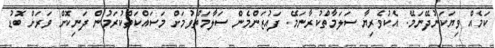
ކަމެއް ވިޔަކަނުދޭނަމޭ. އެކުވެރިޔާ ސަލަމާތްކުރާނަމޭ. ފައުޒަންމެން ސަލާމަތްވުމަށް މަސައްކަތްކުރަމުން ދަނިކޮށް ވަރަށް ބޮޑު